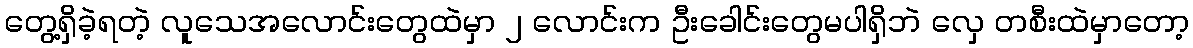
တွေ့ရှိခဲ့ရတဲ့ လူသေအလောင်းတွေထဲမှာ ၂ လောင်းက ဦးခေါင်းတွေမပါရှိဘဲ လှေ တစီးထဲမှာတော့